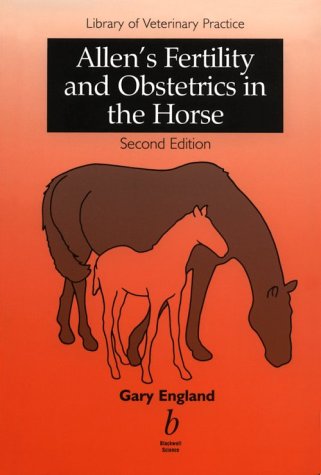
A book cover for Allen's Fertility and Obstetrics in the Horse; Medical Books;